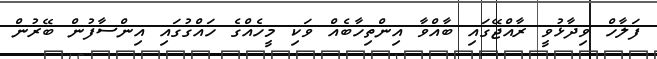
ފަލާހް ވިދާޅުވީ ރާއްޖޭގައި ބާއްވާ އިންތިހާބެއް ވަކި މީހެއްގެ ހައްގުގައި އިންސާފުން ބޭރުން